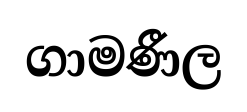
ගාමණීල